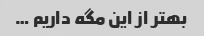
بهتر از این مگه داریم …